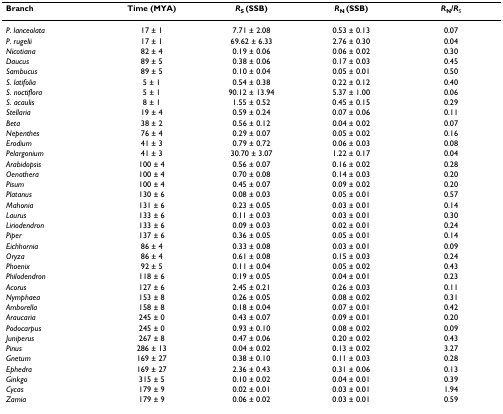
<table><thead><tr><td><b>Branch</b></td><td><b>Time (MYA)</b></td><td><b><i>R</i><sub>S </sub>(SSB)</b></td><td><b><i>R</i><sub>N </sub>(SSB)</b></td><td><b><i>R</i><sub>N</sub>/<i>R</i><sub>S</sub></b></td></tr></thead><tbody><tr><td><i>P. lanceolata</i></td><td>17 ± 1</td><td>7.71 ± 2.08</td><td>0.53 ± 0.13</td><td>0.07</td></tr><tr><td><i>P. rugelii</i></td><td>17 ± 1</td><td>69.62 ± 6.33</td><td>2.76 ± 0.30</td><td>0.04</td></tr><tr><td><i>Nicotiana</i></td><td>82 ± 4</td><td>0.19 ± 0.06</td><td>0.06 ± 0.02</td><td>0.30</td></tr><tr><td><i>Daucus</i></td><td>89 ± 5</td><td>0.38 ± 0.06</td><td>0.17 ± 0.03</td><td>0.45</td></tr><tr><td><i>Sambucus</i></td><td>89 ± 5</td><td>0.10 ± 0.04</td><td>0.05 ± 0.01</td><td>0.50</td></tr><tr><td><i>S. latifolia</i></td><td>5 ± 1</td><td>0.54 ± 0.38</td><td>0.22 ± 0.12</td><td>0.40</td></tr><tr><td><i>S. noctiflora</i></td><td>5 ± 1</td><td>90.12 ± 13.94</td><td>5.37 ± 1.00</td><td>0.06</td></tr><tr><td><i>S. acaulis</i></td><td>8 ± 1</td><td>1.55 ± 0.52</td><td>0.45 ± 0.15</td><td>0.29</td></tr><tr><td><i>Stellaria</i></td><td>19 ± 4</td><td>0.59 ± 0.24</td><td>0.07 ± 0.06</td><td>0.11</td></tr><tr><td><i>Beta</i></td><td>38 ± 2</td><td>0.56 ± 0.12</td><td>0.04 ± 0.02</td><td>0.07</td></tr><tr><td><i>Nepenthes</i></td><td>76 ± 4</td><td>0.29 ± 0.07</td><td>0.05 ± 0.02</td><td>0.16</td></tr><tr><td><i>Erodium</i></td><td>41 ± 3</td><td>0.79 ± 0.72</td><td>0.06 ± 0.03</td><td>0.08</td></tr><tr><td><i>Pelargonium</i></td><td>41 ± 3</td><td>30.70 ± 3.07</td><td>1.22 ± 0.17</td><td>0.04</td></tr><tr><td><i>Arabidopsis</i></td><td>100 ± 4</td><td>0.56 ± 0.07</td><td>0.16 ± 0.02</td><td>0.28</td></tr><tr><td><i>Oenothera</i></td><td>100 ± 4</td><td>0.70 ± 0.08</td><td>0.14 ± 0.03</td><td>0.20</td></tr><tr><td><i>Pisum</i></td><td>100 ± 4</td><td>0.45 ± 0.07</td><td>0.09 ± 0.02</td><td>0.20</td></tr><tr><td><i>Platanus</i></td><td>130 ± 6</td><td>0.08 ± 0.03</td><td>0.05 ± 0.01</td><td>0.57</td></tr><tr><td><i>Mahonia</i></td><td>131 ± 6</td><td>0.23 ± 0.05</td><td>0.03 ± 0.01</td><td>0.14</td></tr><tr><td><i>Laurus</i></td><td>133 ± 6</td><td>0.11 ± 0.03</td><td>0.03 ± 0.01</td><td>0.30</td></tr><tr><td><i>Liriodendron</i></td><td>133 ± 6</td><td>0.09 ± 0.03</td><td>0.02 ± 0.01</td><td>0.24</td></tr><tr><td><i>Piper</i></td><td>137 ± 6</td><td>0.36 ± 0.05</td><td>0.05 ± 0.01</td><td>0.14</td></tr><tr><td><i>Eichhornia</i></td><td>86 ± 4</td><td>0.33 ± 0.08</td><td>0.03 ± 0.01</td><td>0.09</td></tr><tr><td><i>Oryza</i></td><td>86 ± 4</td><td>0.61 ± 0.08</td><td>0.15 ± 0.03</td><td>0.24</td></tr><tr><td><i>Phoenix</i></td><td>92 ± 5</td><td>0.11 ± 0.04</td><td>0.05 ± 0.02</td><td>0.43</td></tr><tr><td><i>Philodendron</i></td><td>118 ± 6</td><td>0.19 ± 0.05</td><td>0.04 ± 0.01</td><td>0.23</td></tr><tr><td><i>Acorus</i></td><td>127 ± 6</td><td>2.45 ± 0.21</td><td>0.26 ± 0.03</td><td>0.11</td></tr><tr><td><i>Nymphaea</i></td><td>153 ± 8</td><td>0.26 ± 0.05</td><td>0.08 ± 0.02</td><td>0.31</td></tr><tr><td><i>Amborella</i></td><td>158 ± 8</td><td>0.18 ± 0.04</td><td>0.07 ± 0.01</td><td>0.42</td></tr><tr><td><i>Araucaria</i></td><td>245 ± 0</td><td>0.43 ± 0.07</td><td>0.09 ± 0.01</td><td>0.20</td></tr><tr><td><i>Podocarpus</i></td><td>245 ± 0</td><td>0.93 ± 0.10</td><td>0.08 ± 0.02</td><td>0.09</td></tr><tr><td><i>Juniperus</i></td><td>267 ± 8</td><td>0.47 ± 0.06</td><td>0.20 ± 0.02</td><td>0.43</td></tr><tr><td><i>Pinus</i></td><td>286 ± 13</td><td>0.04 ± 0.02</td><td>0.13 ± 0.02</td><td>3.27</td></tr><tr><td><i>Gnetum</i></td><td>169 ± 27</td><td>0.38 ± 0.10</td><td>0.11 ± 0.03</td><td>0.28</td></tr><tr><td><i>Ephedra</i></td><td>169 ± 27</td><td>2.36 ± 0.43</td><td>0.31 ± 0.06</td><td>0.13</td></tr><tr><td><i>Ginkgo</i></td><td>315 ± 5</td><td>0.10 ± 0.02</td><td>0.04 ± 0.01</td><td>0.39</td></tr><tr><td><i>Cycas</i></td><td>179 ± 9</td><td>0.02 ± 0.01</td><td>0.03 ± 0.01</td><td>1.94</td></tr><tr><td><i>Zamia</i></td><td>179 ± 9</td><td>0.06 ± 0.02</td><td>0.03 ± 0.01</td><td>0.59</td></tr></tbody></table>